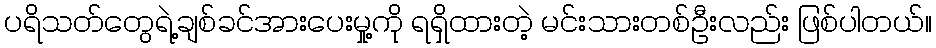
ပရိသတ်တွေရဲ့ချစ်ခင်အားပေးမှု့ကို ရရှိထားတဲ့ မင်းသားတစ်ဦးလည်း ဖြစ်ပါတယ်။